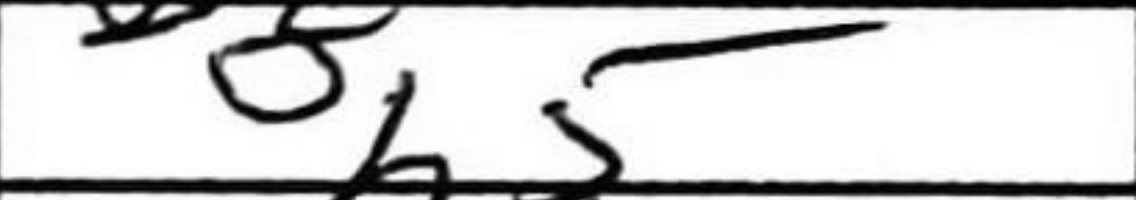
Transcription: b5